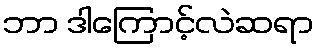
ဘာ ဒါကြောင့်လဲဆရာ